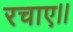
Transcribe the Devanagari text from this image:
रचाए।।